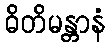
ဓိတိမန္တာနံ